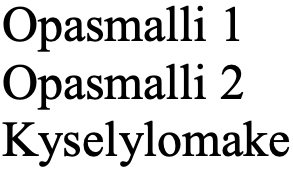
Opasmalli 1 Opasmalli 2 Kyselylomake